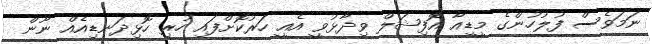
ނަމަވެސް ފުލުހުންގެ މީޑިއާ އޮފިޝަލް ވިދާޅުވީ އެއީ ހަރުކޮށްފައި ހުރި ހޮޅިދަނޑިއެއް ނޫން